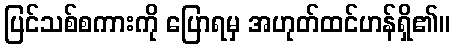
ပြင်သစ်စကားကို ပြောရမှ အဟုတ်ထင်ဟန်ရှိ၏။